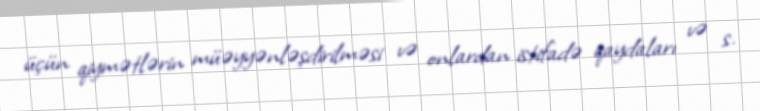
üçün qiymətlərin müəyyənləşdirilməsi və onlardan istifadə qaydaları və s.